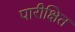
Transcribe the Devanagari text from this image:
पारीक्षित